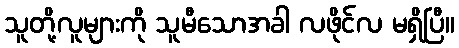
သူတို့လူများကို သူမီသောအခါ လဖိုင်လ မရှိပြီ။